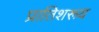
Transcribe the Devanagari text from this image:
प्रातिशरूय